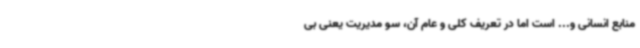
منابع انسانی و... است اما در تعریف کلی و عام آن، سو مدیریت یعنی بی